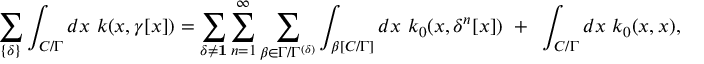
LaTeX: \sum _ { \{ \delta \} } \int _ { { \cal C } / \Gamma } d x ~ k ( x , \gamma [ x ] ) = \sum _ { \delta \neq { \bf 1 } } \sum _ { n = 1 } ^ { \infty } \sum _ { \beta \in \Gamma / \Gamma ^ { ( \delta ) } } \int _ { \beta [ { \cal C } / \Gamma ] } d x ~ k _ { 0 } ( x , \delta ^ { n } [ x ] ) ~ + ~ \int _ { { \cal C } / \Gamma } d x ~ k _ { 0 } ( x , x ) ,